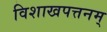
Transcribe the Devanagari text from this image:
विशाखपत्तनम्